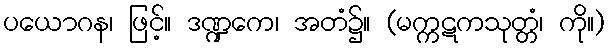
ပယောဂန၊ ဖြင့်။ ဒဏ္ဍကေ၊ အတံ၌။ (မက္ကဋကသုတ္တံ၊ ကို။)